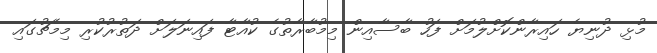
މުޅި ދުނިޔެ ހައިރާންކޮށްލުމަށް ފަހު ބާސާއިން މިމުބާރާތުގެ ކުއާޓާ ފައިނަލަށް ދަތުރުކުރި މިމެޗުގައި